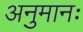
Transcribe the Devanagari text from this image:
अनुमानः